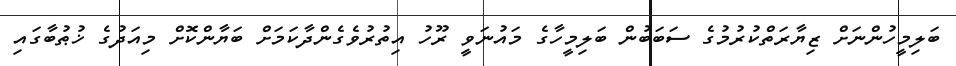
ބަލިމީހުންނަށް ޒިޔާރަތްކުރުމުގެ ސަބަބުން ބަލިމީހާގެ މައުނަވީ ރޫހު އިތުރުވެގެންދާކަމަށް ބަޔާންކޮށް މިއަދުގެ ޚުޠުބާގައި